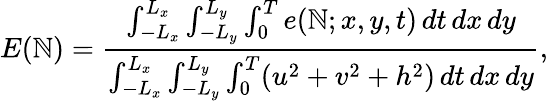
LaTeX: E(\mathbb{N})=\frac{{\int_{-L_{x}}^{L_{x}}\int_{-L_{y}}^{L_{y}}\int_{0}^{T}e(\mathbb{N};x,y,t)\, dt\, dx\, dy}}{{\int_{-L_{x}}^{L_{x}}\int_{-L_{y}}^{L_{y}}\int_{0}^{T}(u^{2}+v^{2}+h^{2})\, dt\, dx\, dy}},